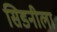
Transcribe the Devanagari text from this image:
सिडनीला